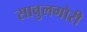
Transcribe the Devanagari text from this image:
सावुलगोरी